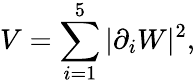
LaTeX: V=\sum_{i=1}^{5}\vert\partial_{i}W\vert^{2},